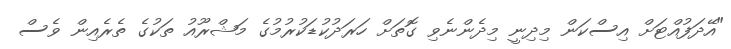
"އޭދަފުއްޓަށް އިސްކަން މިދިނީ މިދެންނެވި ގޮތަށް ހަރަދުކުޑަކުރުމުގެ މަޝްރޫއު ތަކުގެ ތެރެއިން ވެސް